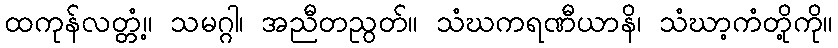
ထကုန်လတ္တံ့။ သမဂ္ဂါ၊ အညီတညွတ်။ သံဃကရဏီယာနိ၊ သံဃာ့ကံတို့ကို။